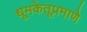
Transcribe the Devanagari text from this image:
धूमकेतूप्रमाणे